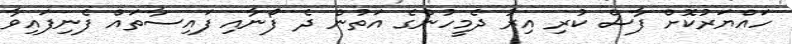
ހައްޔަރުކޮށް ފާސް ކުރި އިރު ދެމީހުންގެ އަތުން ދެ ފޯނާއި ފައިސާތައް ފެނިފައިވާ